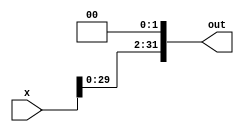
module bit2_left_shifter(x, out);
    input [31:0] x;
    
    output [31:0] out;

    assign out[31:2] = x[29:0];
    assign out[1:0] = 2'b0;
endmodule